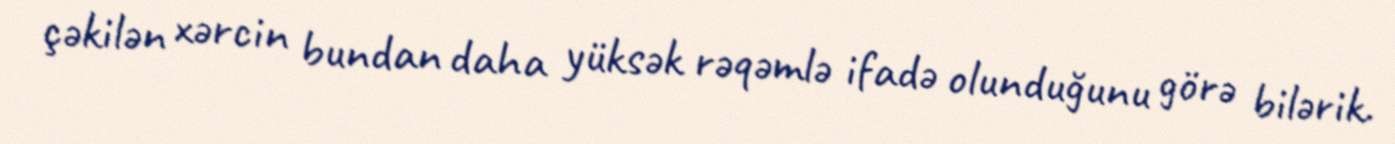
çəkilən xərcin bundan daha yüksək rəqəmlə ifadə olunduğunu görə bilərik.